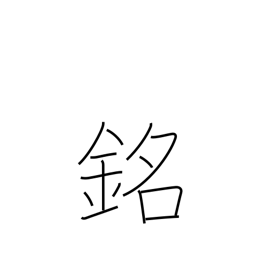
Meaning: inscription